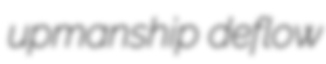
upmanship deflow